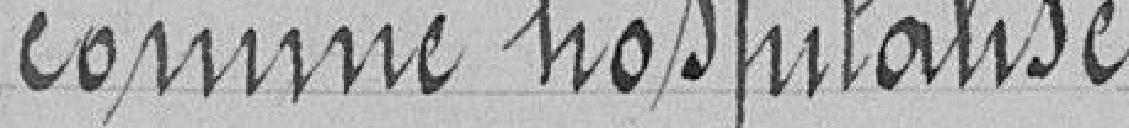
comme hospitalisé